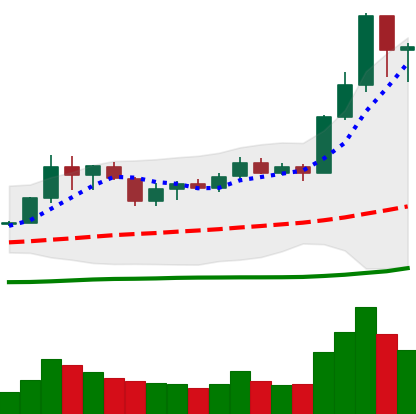
Ticker: LINK-USD
Chart end date: 2020-07-10
Forward return: 40.802%
Label: up_7plus